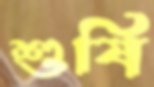
শুষি